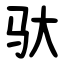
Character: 驮